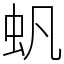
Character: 䖠